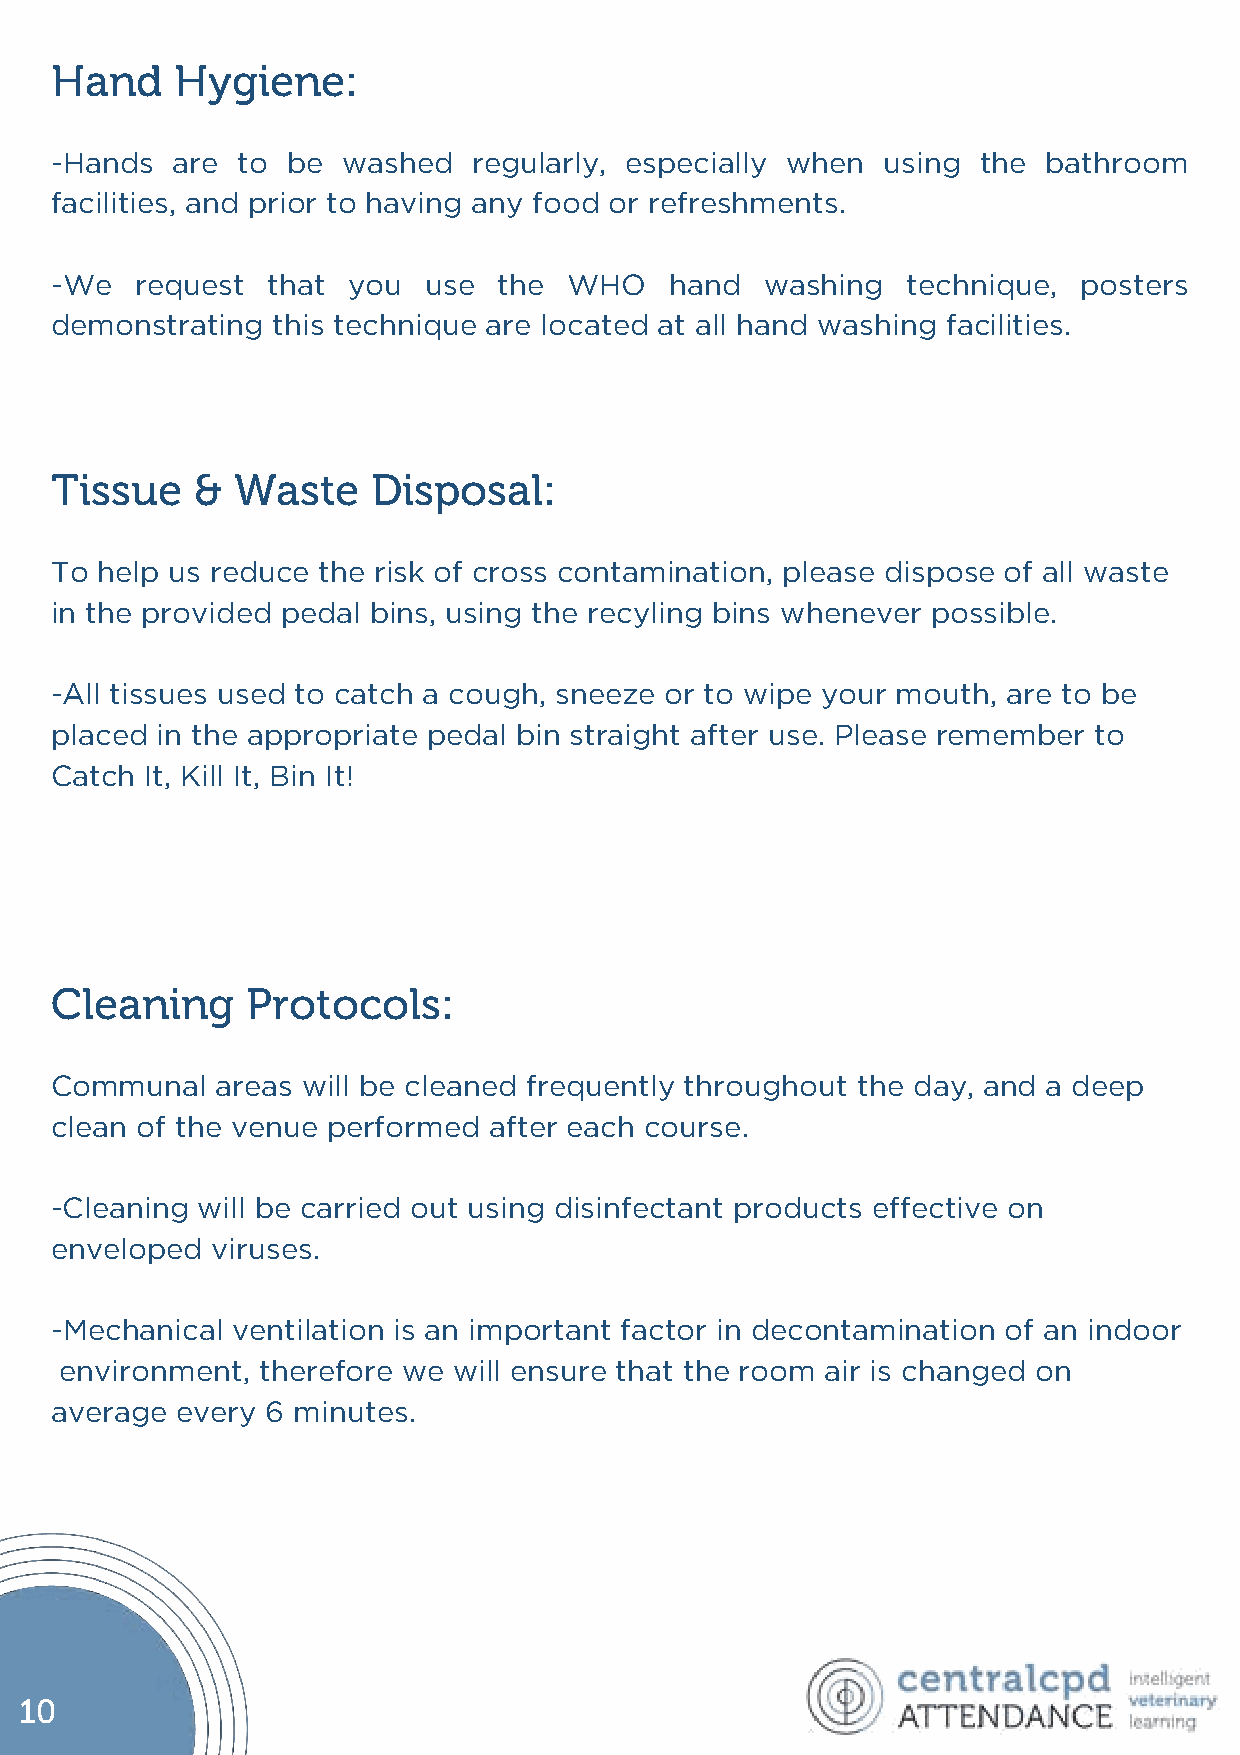
Hand     Hygiene:
 -Hands  are  to be  washed  regularly, especially when  using the bathroom
 facilities, and prior to having any food or refreshments.
 -We   request  that you  use  the  WHO   hand   washing  technique,  posters
 demonstrating  this technique are located at all hand washing facilities.
 Tissue    & Waste     Disposal:
 To help us reduce the risk of cross contamination, please dispose of all waste
 in the provided pedal bins, using the recyling bins whenever possible.
 -All tissues used to catch a cough, sneeze or to wipe your mouth, are to be
 placed in the appropriate pedal bin straight after use. Please remember to
 Catch  It, Kill It, Bin It!
 Cleaning     Protocols:
 Communal   areas will be cleaned frequently throughout the day, and a deep
 clean of the venue performed after each course.
 -Cleaning will be carried out using disinfectant products effective on
 enveloped  viruses.
 -Mechanical ventilation is an important factor in decontamination of an indoor
 environment, therefore we will ensure that the room air is changed on
 average  every 6 minutes.
 10